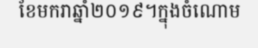
ខែមករាឆ្នាំ២០១៩។ក្នុងចំណោម